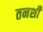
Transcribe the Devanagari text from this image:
तनशी